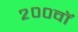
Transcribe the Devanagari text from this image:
२००वॉ